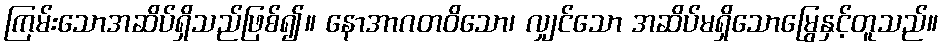
ကြမ်းသောအဆိပ်ရှိသည်ဖြစ်၍။ နောအာဂတဝိသော၊ လျှင်သော အဆိပ်မရှိသောမြွေနှင့်တူသည်။